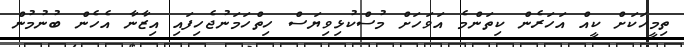
ތިމީހަކަށް ކީއް އަހަރެން ކިތަންމެ އަވަހަށް މުސްކުޅިވިޔަސް ހިތްހަމަނުޖެހިފައި އިޒާނާ އެހެން ބުނުމުން